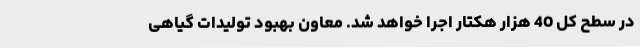
در سطح کل 40 هزار هکتار اجرا خواهد شد. معاون بهبود تولیدات گیاهی